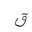
Letter: _qaf